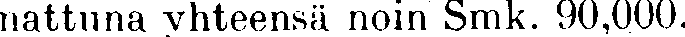
nattuna yhteensä noin Smk. 90,000.